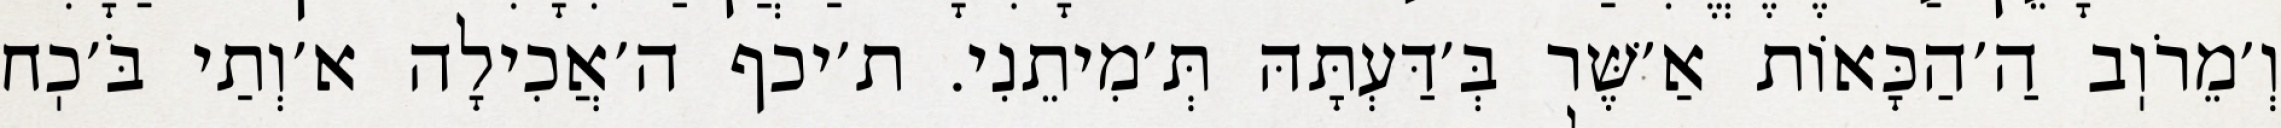
וְ׳מֵרֹוֽב הַ׳הַכָּאוֹת אַ׳שֶּׁר בְּ׳דַּעְתָּהּ תְּ׳מִיתֵנִי. ת׳יכף ה׳אֲכִילָה א׳וְתַי בֹּ׳כֽח